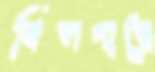
বিলপারে